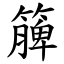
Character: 簲